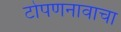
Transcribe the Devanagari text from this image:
टोपणनावाचा